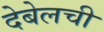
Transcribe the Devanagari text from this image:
देबेलची